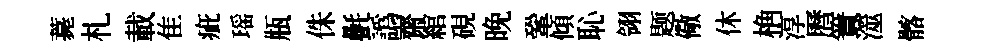
薧札載隹疵瑶瓶侏㲲譌齋綰硯晚鞏傾恥翎题儆休桷淳曆簀澨髂